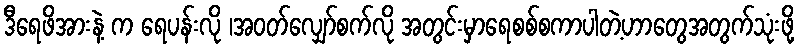
ဒီရေဖိအားနဲ့ က ရေပန်းလို ၊အဝတ်လျှော်စက်လို အတွင်းမှာရေစစ်စကာပါတဲ့ဟာတွေအတွက်သုံးဖို့